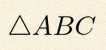
\triangle ABC